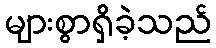
များစွာရှိခဲ့သည်